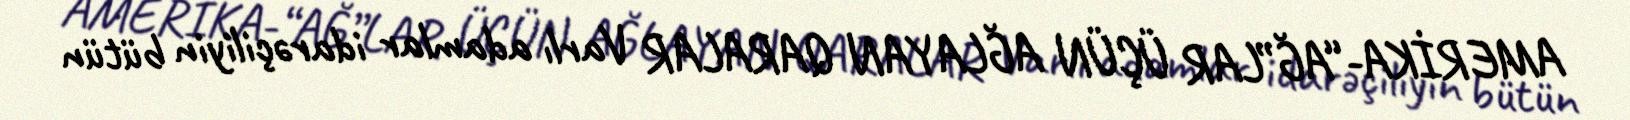
AMERİKA-“AĞ”LAR ÜÇÜN AĞLAYAN QARALAR Varlı adamlar idarəçiliyin bütün